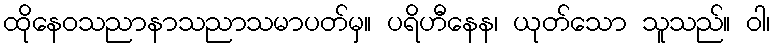
ထိုနေဝသညာနာသညာသမာပတ်မှ။ ပရိဟီနေန၊ ယုတ်သော သူသည်။ ဝါ၊